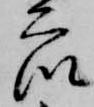
衆